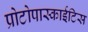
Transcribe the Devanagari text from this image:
प्रोटोपास्काईटिस